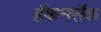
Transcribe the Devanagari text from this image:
हॅकनसॅक